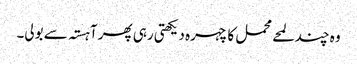
وہ چند لمحے محمل کا چہرہ دیکھتی رہی پھر آہستہ سے بولی۔